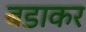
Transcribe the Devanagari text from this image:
बडाकर